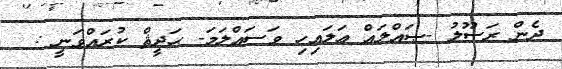
ދެން ރަސޫލު -ޞައްލައް ޢަލައިހި ވަސައްލަމަ- ޙަދީޘް ކުރައްވަނީ :